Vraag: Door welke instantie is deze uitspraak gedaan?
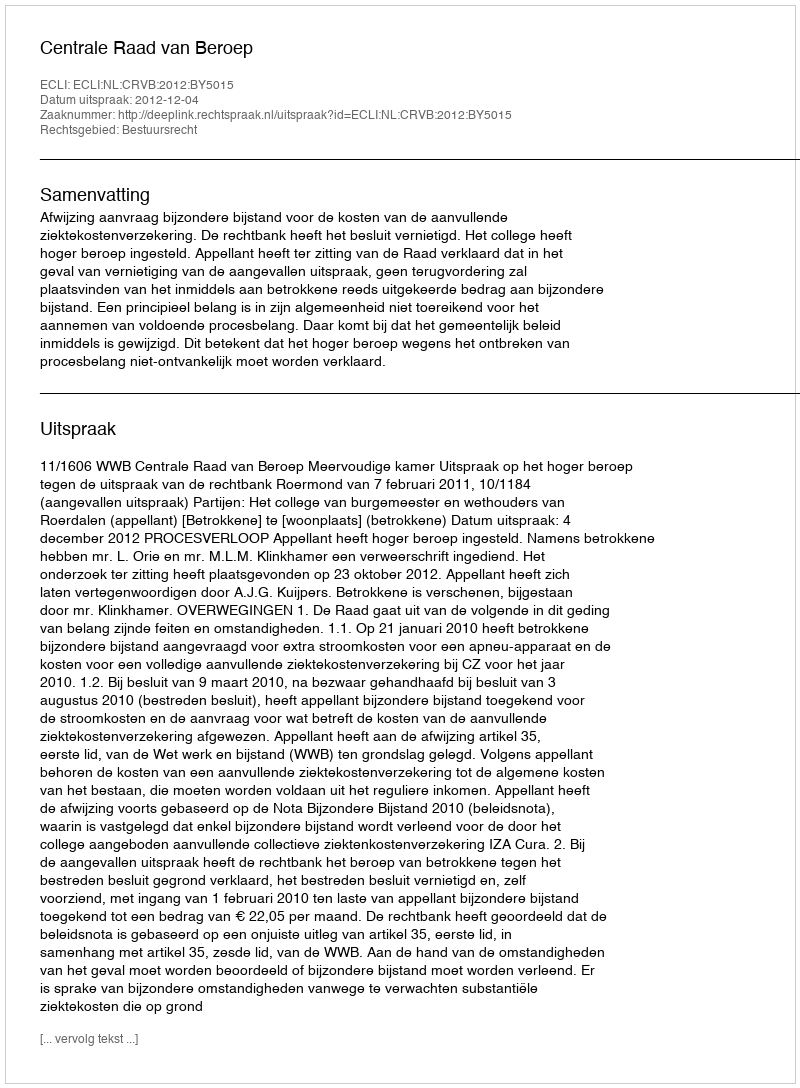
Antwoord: Centrale Raad van Beroep